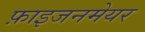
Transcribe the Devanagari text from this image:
फ़ाइजनमेयर